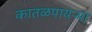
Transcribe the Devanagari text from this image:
कातळपायऱ्या